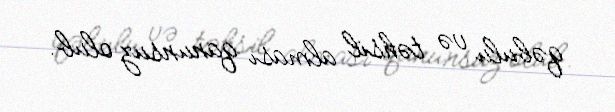
qəbulu və təhsil alması qanunsuz olub.